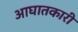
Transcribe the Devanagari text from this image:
आघातकारी